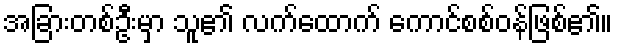
အခြားတစ်ဦးမှာ သူ၏ လက်ထောက် ကောင်စစ်ဝန်ဖြစ်၏။